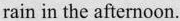
rain in the afternoon.